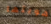
هويتها